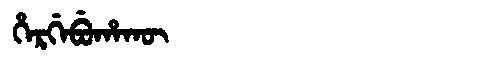
Manchu: ᡥᡝᡵᡤᡝᠪᡠᡥᠠᡴᡡ
Romanization: HERGEBUHAKŪ